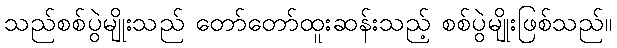
သည်စစ်ပွဲမျိုးသည် တော်တော်ထူးဆန်းသည့် စစ်ပွဲမျိုးဖြစ်သည်။